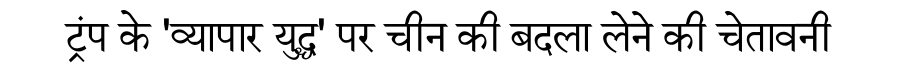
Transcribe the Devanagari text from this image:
ट्रंप के 'व्यापार युद्ध' पर चीन की बदला लेने की चेतावनी